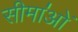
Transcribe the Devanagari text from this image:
सीमा॑ओं